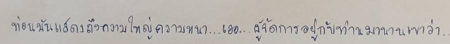
ท่อนมันแสดงถึงความใหญ่ความหนา...เออ...ผู้จัดการอยู่กับท่านมานานเขาว่า..."